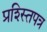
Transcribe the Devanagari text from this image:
प्रश्स्तिपत्र